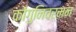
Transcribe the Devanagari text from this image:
कोंगुनिवर्मन